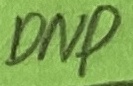
Text: DNP